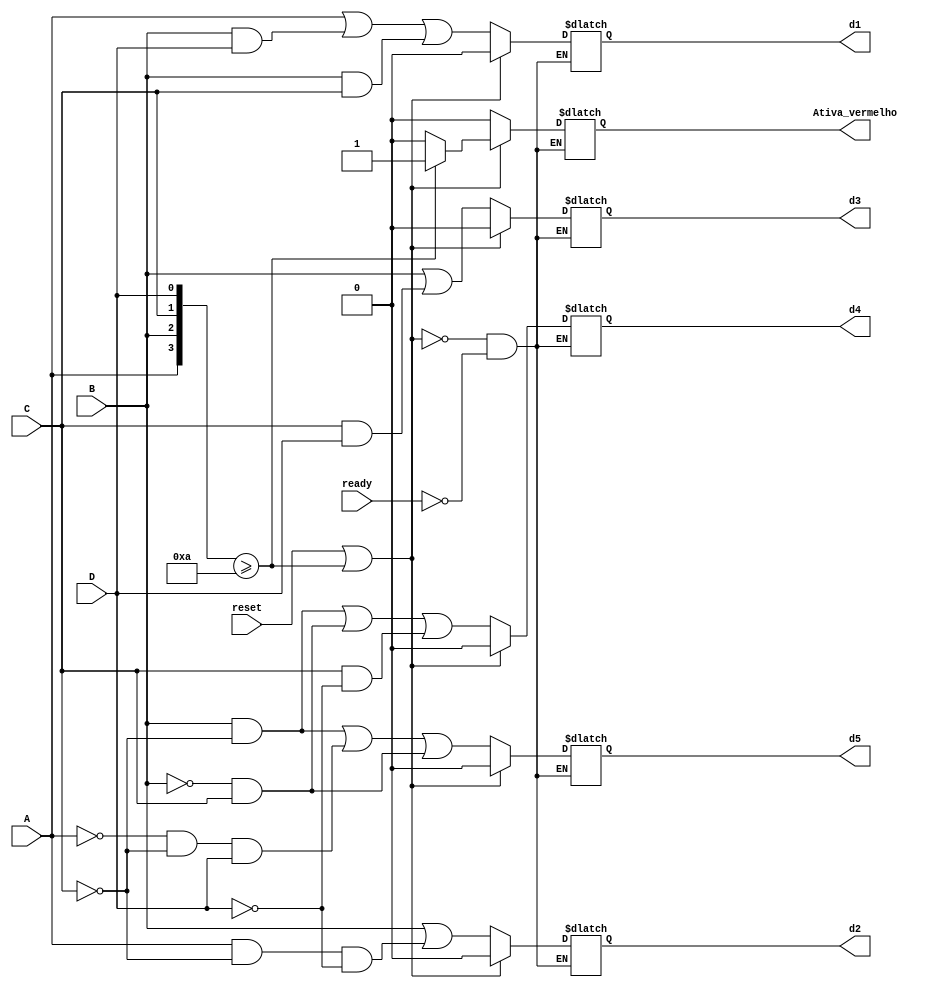
module Numero(A, B, C, D, d1, d2, d3, d4, d5, reset, ready, Ativa_vermelho);//Parmetros
	
	input wire A, B, C, D, reset, ready;//entradas como fios, j que vo passar os valores para a equao
	
	output reg d1, d2, d3, d4, d5, Ativa_vermelho;//saidas como registradores, j que iro guardar os valores da equao
	
	always @(*) begin//bloco always que  executado sempre quando o ready for 1
		
		if(reset | {A, B, C, D} >= 4'b1010) begin//Executa quando o reset  um ou quando a entrada  maior ou igual a 10
			//Zerando todas as entradas
			d5 <= 0;
			d4 <= 0;
			d3 <= 0;
			d2 <= 0;
			d1 <= 0;
			
			if({A, B, C, D} >= 4'b1010) begin//Executa quando h um valor maior que 9 na entrada
				Ativa_vermelho <= 1;//Identifica que a entrada  um valor invlido
			end//Fim da condio
			
			else begin//Executa caso no haja valor invlido, mas o Reset est ativado
				Ativa_vermelho <= 0;//Identifica que no h valor invlido na entrada
			end//Fim da condio
		
		end//Fim da condio
		
		else if(ready) begin//Executa quando o reset  0
			Ativa_vermelho <= 0;//Identificando que a entrada est dentro das possibilidades (0 a 9)
			d5 <= (B & ~C) | (~A & ~C & D) | (~B & C);//display 5 com sua equao
			d4 <= (B & ~C) | (~B & C) | (C & ~D);//display 4 com sua equao
			d3 <= (B) | (C & D);//display 3 com sua equao
			d2 <= (B) | (A & ~C & ~D);//display 2 com sua equao
			d1 <= (A) | (B & D) | (B & C);//display 1 com sua equao
		end//Fim da condio
	
	end//Fim bloco always

endmodule//Fim do mdulo